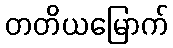
တတိယမြောက်